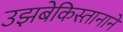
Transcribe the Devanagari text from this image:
उझबेकिस्तानाने